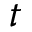
t